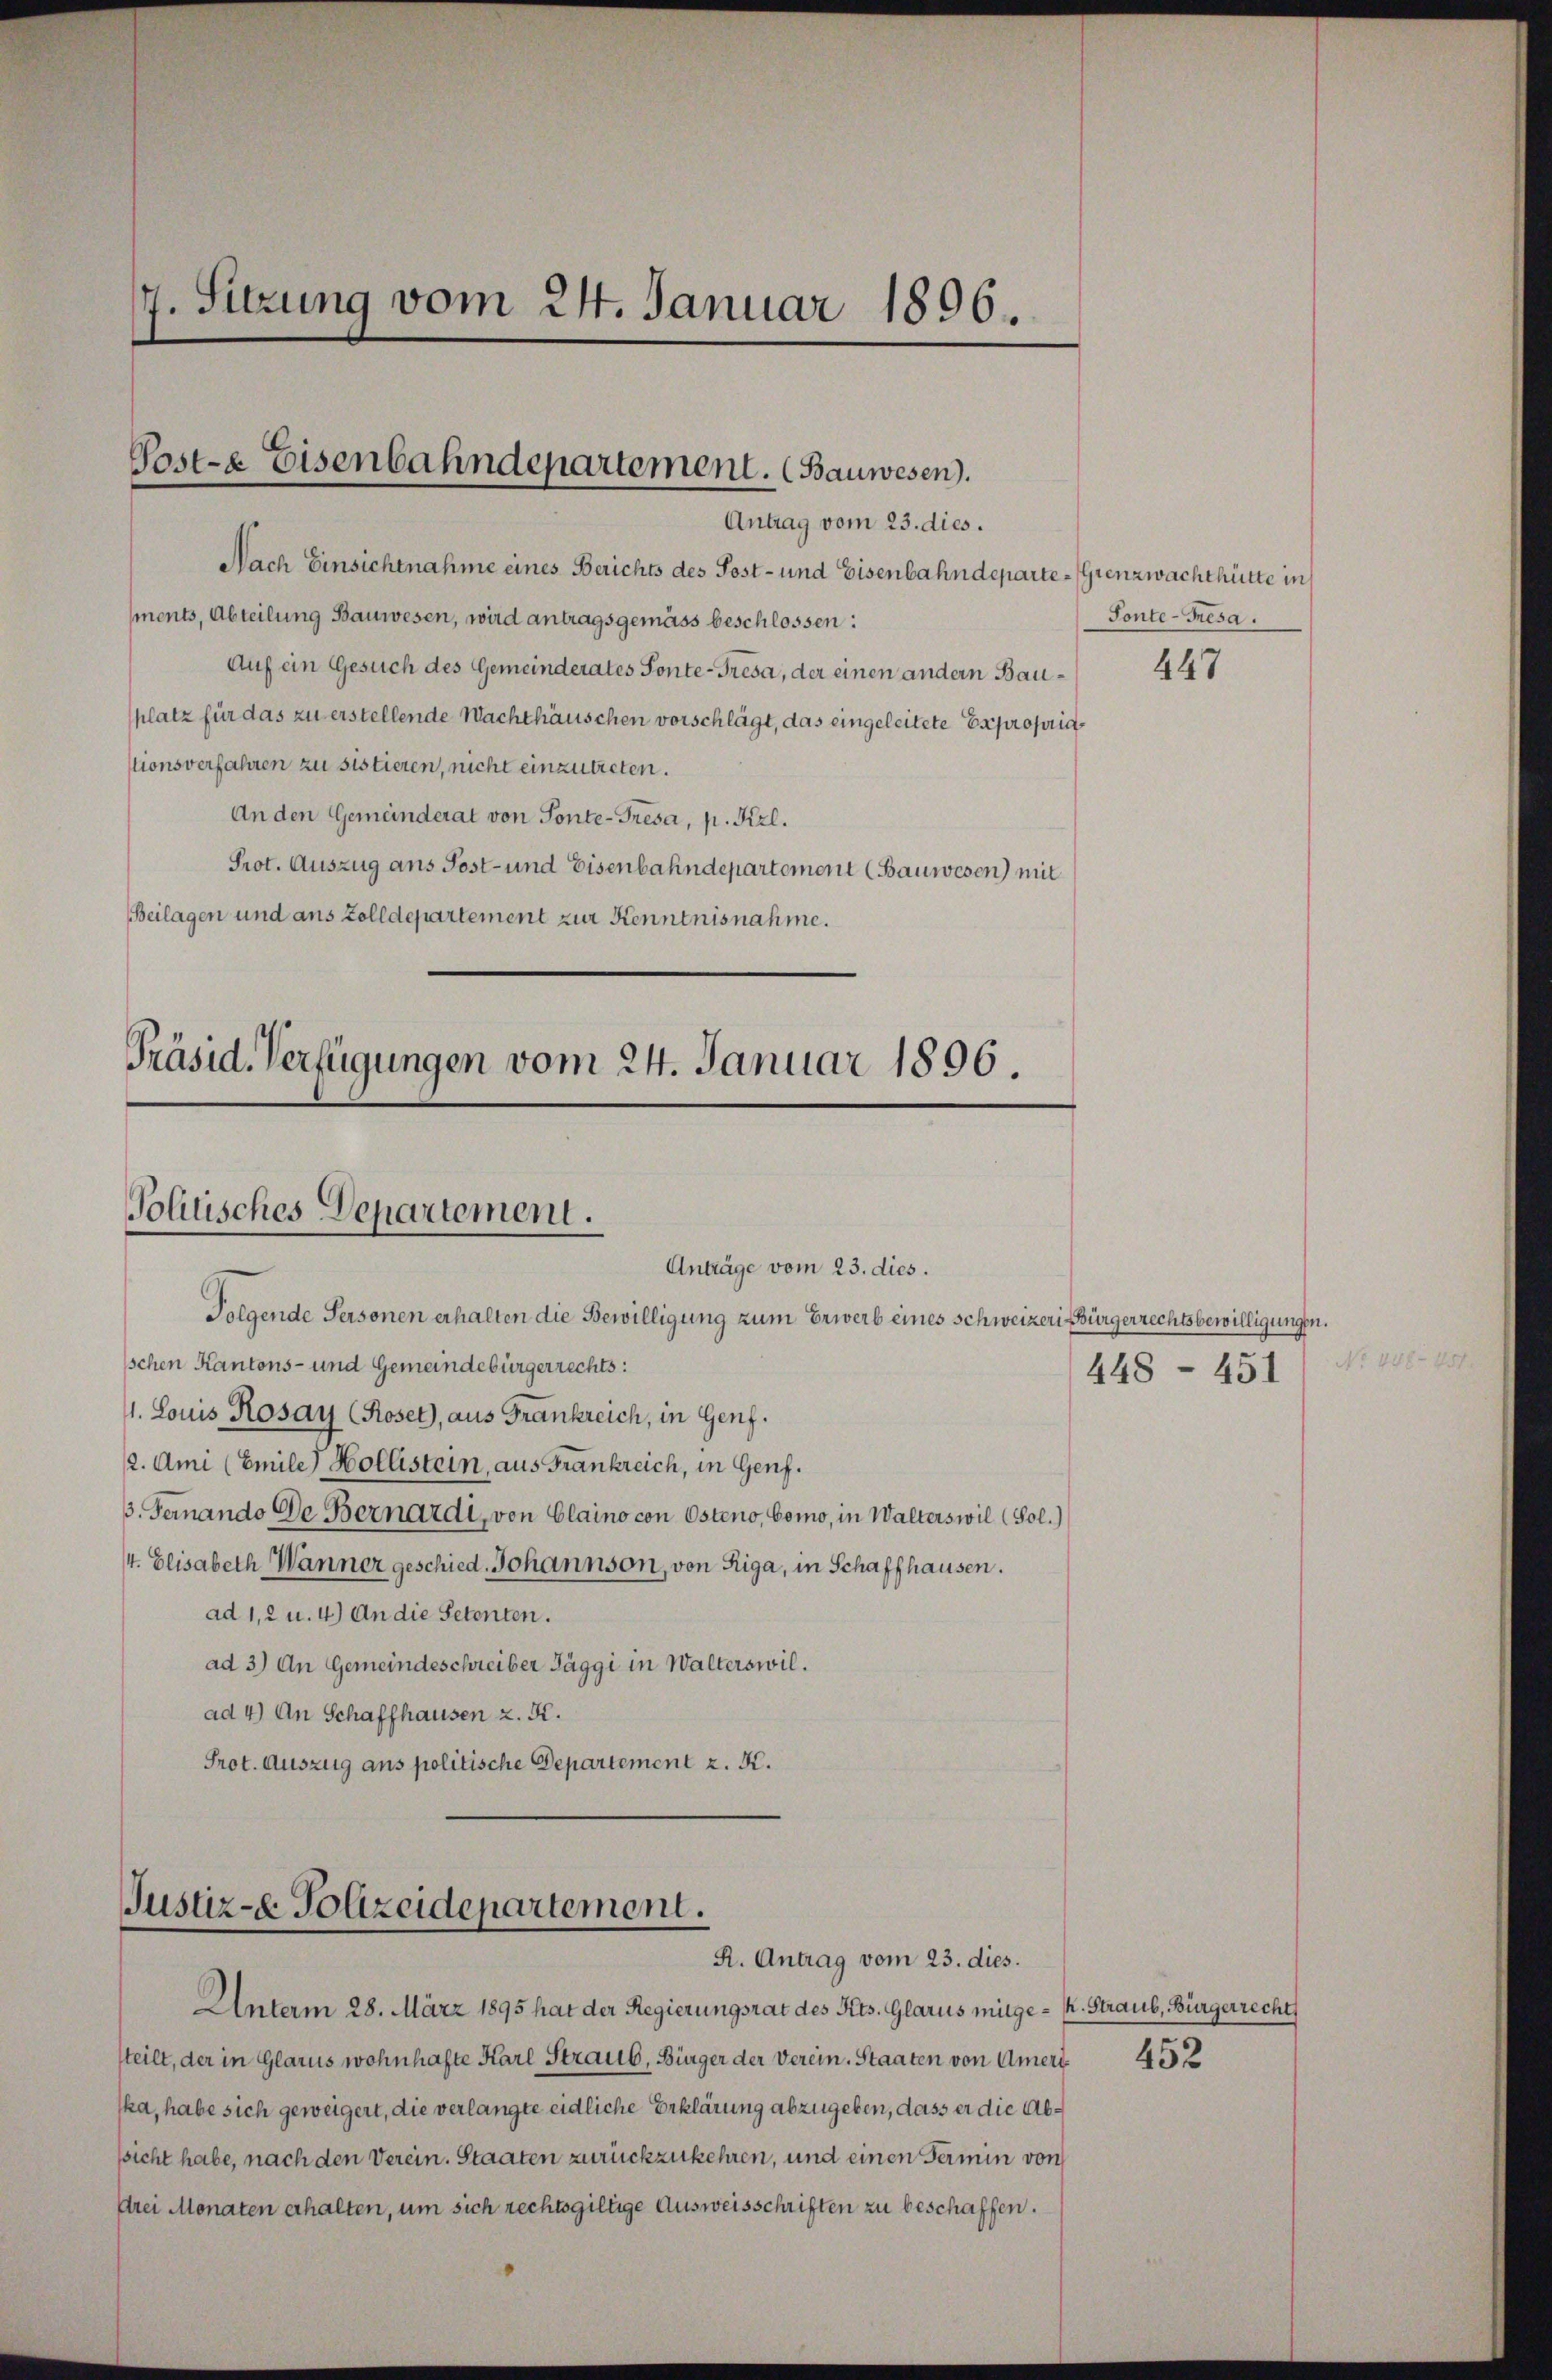
17. Sitzung vom 24. Januar 1896.

Post-E Eisenbahndepartement. (Bauwesen).

Antrag vom 23. dies.
Nach Einsichtnahme eines Berichts des Post- und Eisenbahndeparte-Grenzwachthütte in
ments, Abteilung Bauwesen, wird antragsgemäss beschlossen:
Auf ein Gesuch des Gemeinderates Sonte-Trésa, der einen andern Bauplatz für das zu erstellende Nachthäuschen vorschlägt, das eingeleitete Expropriastionsverfahren zu sistieren, nicht einzutreten.
An den Gemeinderat von Sonte-Tresa, p. Frl.
Prot. Auszug ans Post- und Eisenbahndepartement (Bauwesen) mit
Beilagen und aus Zolldepartement zur Kenntnisnahme.

Präsid. Verfügungen vom 24. Januar 1896
Politisches Departement.
Anträge vom 23. dies.

Folgende Personen erhalten die Bewilligung zum Erwerb eines Schweizeris Bürgerrechtsbewilligungen.
schen Kantons- und Gemeindebürgerrechts:
1. Louis Rosay (Roset, aus Frankreich, in Genf.
2. Ami (Emile Hollistein, aus Frankreich, in Genf.
3. Fernando de Bernardi, von Claino con Osteno, Como, in Walterswil (Sol.)
4. Elisabeth Wanner geschied. Johannson, von Riga, in Schaffhausen.
ad 1, 2 u. 4.) An die Petenten.
ad 3) An Gemeindeschreiber Jäggi in Walterswil.
ad 4) An Schaffhausen z. K.
Prot. Auszug aus politische Departement z. K.

Justiz- & Polizeidepartement.
R. Antrag vom 23. dies.

Unterm 28. März 1895 hat der Regierungsrat des Kts. Glarus müge - . Straub, Bürgerrecht
steilt, der in Glarus wohnhafte Karl Straus, Bürger der Verein. Staaten von Amerika, habe sich geweigert, die verlangte eidliche Erklärung abzugeben, dass er die Abssicht habe, nach den Verein. Staaten zurückzukehren, und einen Termin von
drei Monaten erhalten, um sich rechtsgültige Ausweisschriften zu beschaffen.

Sonte-Fresa.

447

No 4.
448 - 451

452